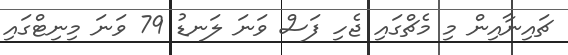
ޗައިނާއިން މި މެޗްގައި ޖެހި ފަސް ވަނަ ލަނޑު 79 ވަަނަ މިނިޓްގައި